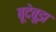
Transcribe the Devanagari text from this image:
बूदेबूझ